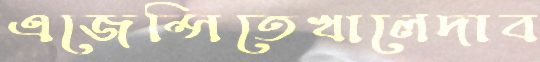
এজেন্সিতেখালেদাব